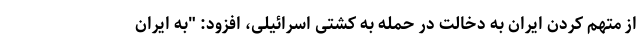
از متهم کردن ایران به دخالت در حمله به کشتی اسرائیلی، افزود: "به ایران